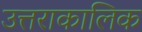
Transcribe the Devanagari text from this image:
उत्तराकालिक